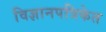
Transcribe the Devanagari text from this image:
विज्ञानपत्रिकेत